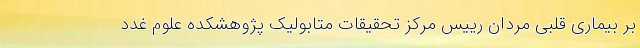
بر بیماری قلبی مردان رییس مرکز تحقیقات متابولیک پژوهشکده علوم غدد